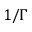
1 / \Gamma